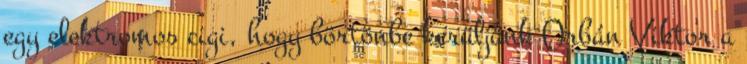
egy elektromos cigi, hogy börtönbe kerüljünk Orbán Viktor a